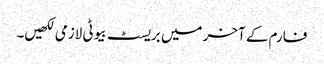
فارم کے آخر میں بریسٹ بیوٹی لازمی لکھیں۔